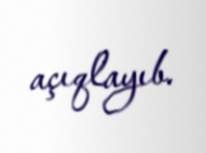
açıqlayıb.